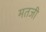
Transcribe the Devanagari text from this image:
मतजी